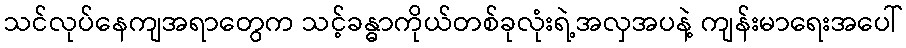
သင်လုပ်နေကျအရာတွေက သင့်ခန္ဓာကိုယ်တစ်ခုလုံးရဲ့အလှအပနဲ့ ကျန်းမာရေးအပေါ်